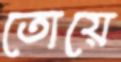
তোয়ে